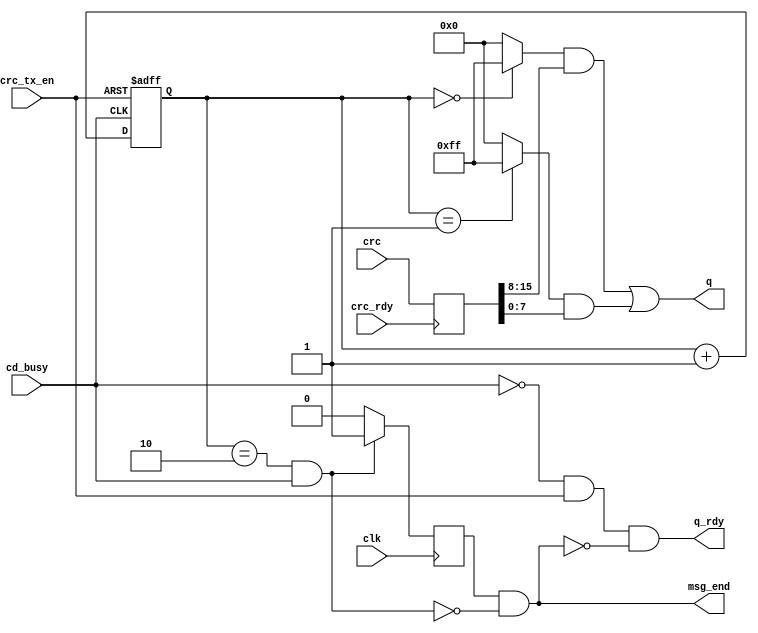
module crc_sender (
	input clk,
	input crc_tx_en,
	input [15:0] crc,
	input crc_rdy,
	input cd_busy,
	output q_rdy,
	output [7:0] q,
	output msg_end
);

`define H crc_reg[15:8]
`define L crc_reg[7:0]

reg [1:0] byte_cntr;
always@(posedge cd_busy or negedge crc_tx_en)
begin
	if(crc_tx_en == 0)
		byte_cntr = 0;
	else
		byte_cntr = byte_cntr + 1;	
end

reg[15:0] crc_reg;
always@(posedge crc_rdy)
begin
	crc_reg = crc;
end


wire [7:0] MASK_Q_CRC_H = (byte_cntr == 0) ? 8'hFF : 0;
wire [7:0] MASK_Q_CRC_L = (byte_cntr == 1) ? 8'hFF : 0;

assign q = MASK_Q_CRC_H & `H |
			  MASK_Q_CRC_L & `L;

assign q_rdy = (~cd_busy) & crc_tx_en & ~msg_end;

wire ITS_LAST_BYTE = (byte_cntr == 2) & cd_busy;

reg tmp;
always@(posedge clk)
begin
	if(ITS_LAST_BYTE)
		tmp = 1;
	else
		tmp = 0;
end

assign msg_end = tmp & ~ITS_LAST_BYTE; 

endmodule